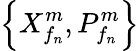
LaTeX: \left\{ X_{{f}_{n}}^{m},P_{{f}_{n}}^{m}\right\}